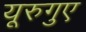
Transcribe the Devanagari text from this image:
यूरुगुए